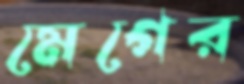
মেগের